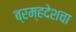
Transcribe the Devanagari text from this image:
ब्रम्हदेशचा